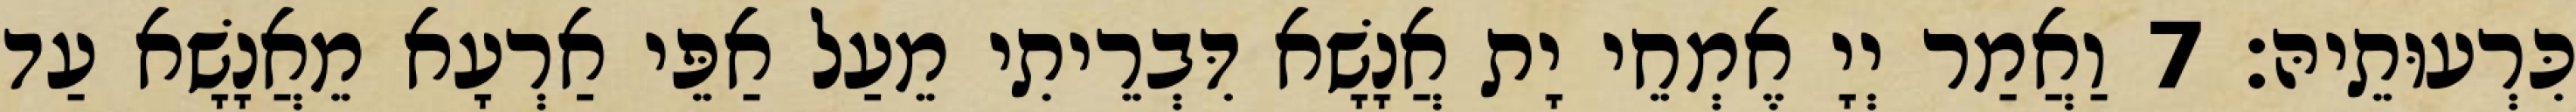
כִּרְעוּתֵיהּ׃ 7 וַאֲמַר יְיָ אֶמְחֵי יָת אֲנָשָׁא דִּבְרֵיתִי מֵעַל אַפֵּי אַרְעָא מֵאֲנָשָׁא עַד